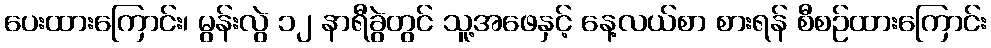
ပေးထားကြောင်း၊ မွန်းလွဲ ၁၂ နာရီခွဲတွင် သူ့အဖေနှင့် နေ့လယ်စာ စားရန် စီစဉ်ထားကြောင်း